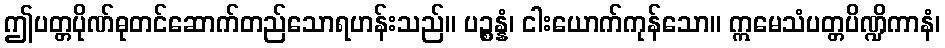
ဤပတ္တပိုဏ်ဓုတင်ဆောက်တည်သောရဟန်းသည်။ ပဉ္စန္နံ၊ ငါးယောက်ကုန်သော။ ဣမေသံပတ္တပိဏ္ဍိကာနံ၊